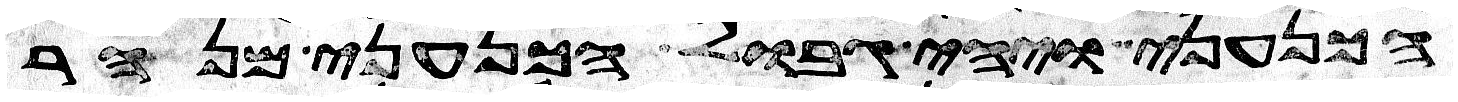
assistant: הכנעני ויהי גבול הכנעני מנהר